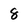
Character: 8